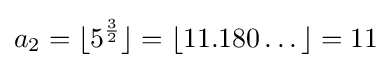
a_{2}=\lfloor 5^{\frac {3}{2}}\rfloor =\lfloor 11.180\dots \rfloor =11